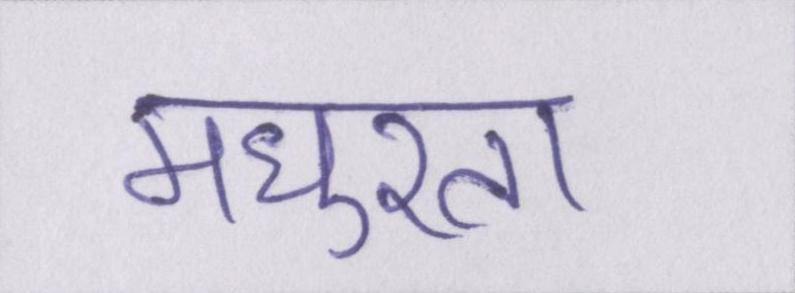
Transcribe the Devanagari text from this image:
मधुरता